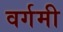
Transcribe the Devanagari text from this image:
वर्गमी